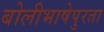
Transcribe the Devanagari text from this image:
बोलीभाषेपुरता